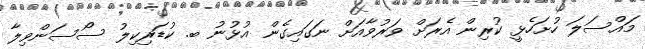
މައްސަލަ ހުށަހެޅީ ކުރިން އެރަށް ވަރުވާއަށް ނަގައިގެން އުޅުނު ބ. ކުޑަރިކިލު ސޯސަންވިލާ